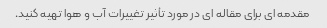
مقدمه ای برای مقاله ای در مورد تأثیر تغییرات آب و هوا تهیه کنید.